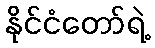
နိုင်ငံတော်ရဲ့